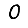
Digit: 0